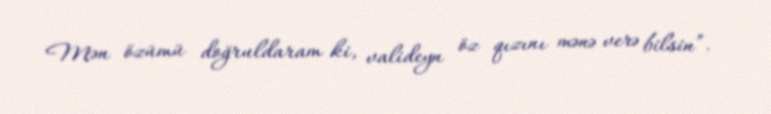
Mən özümü doğruldaram ki, valideyn öz qızını mənə verə bilsin”.